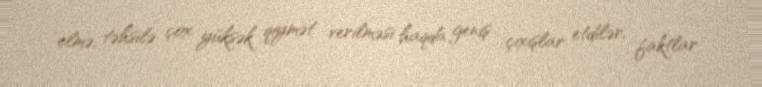
elmə, təhsilə çox yüksək qiymət verilməsi haqda geniş çıxışlar etdilər, faktlar